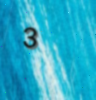
3